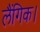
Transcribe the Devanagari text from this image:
लैंगिक।